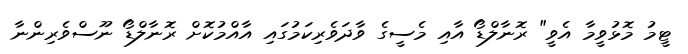
ޓީމު މޮޅުވީމާ އެވީ" ރޮނާލްޑޯ އާއި މެސީގެ ވާދަވެރިކަމުގައި އާއްމުކޮށް ރޮނާލްޑޯ ނޫސްވެރިންނާ